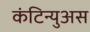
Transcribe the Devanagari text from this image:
कंटिन्युअस